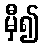
မှီ၍